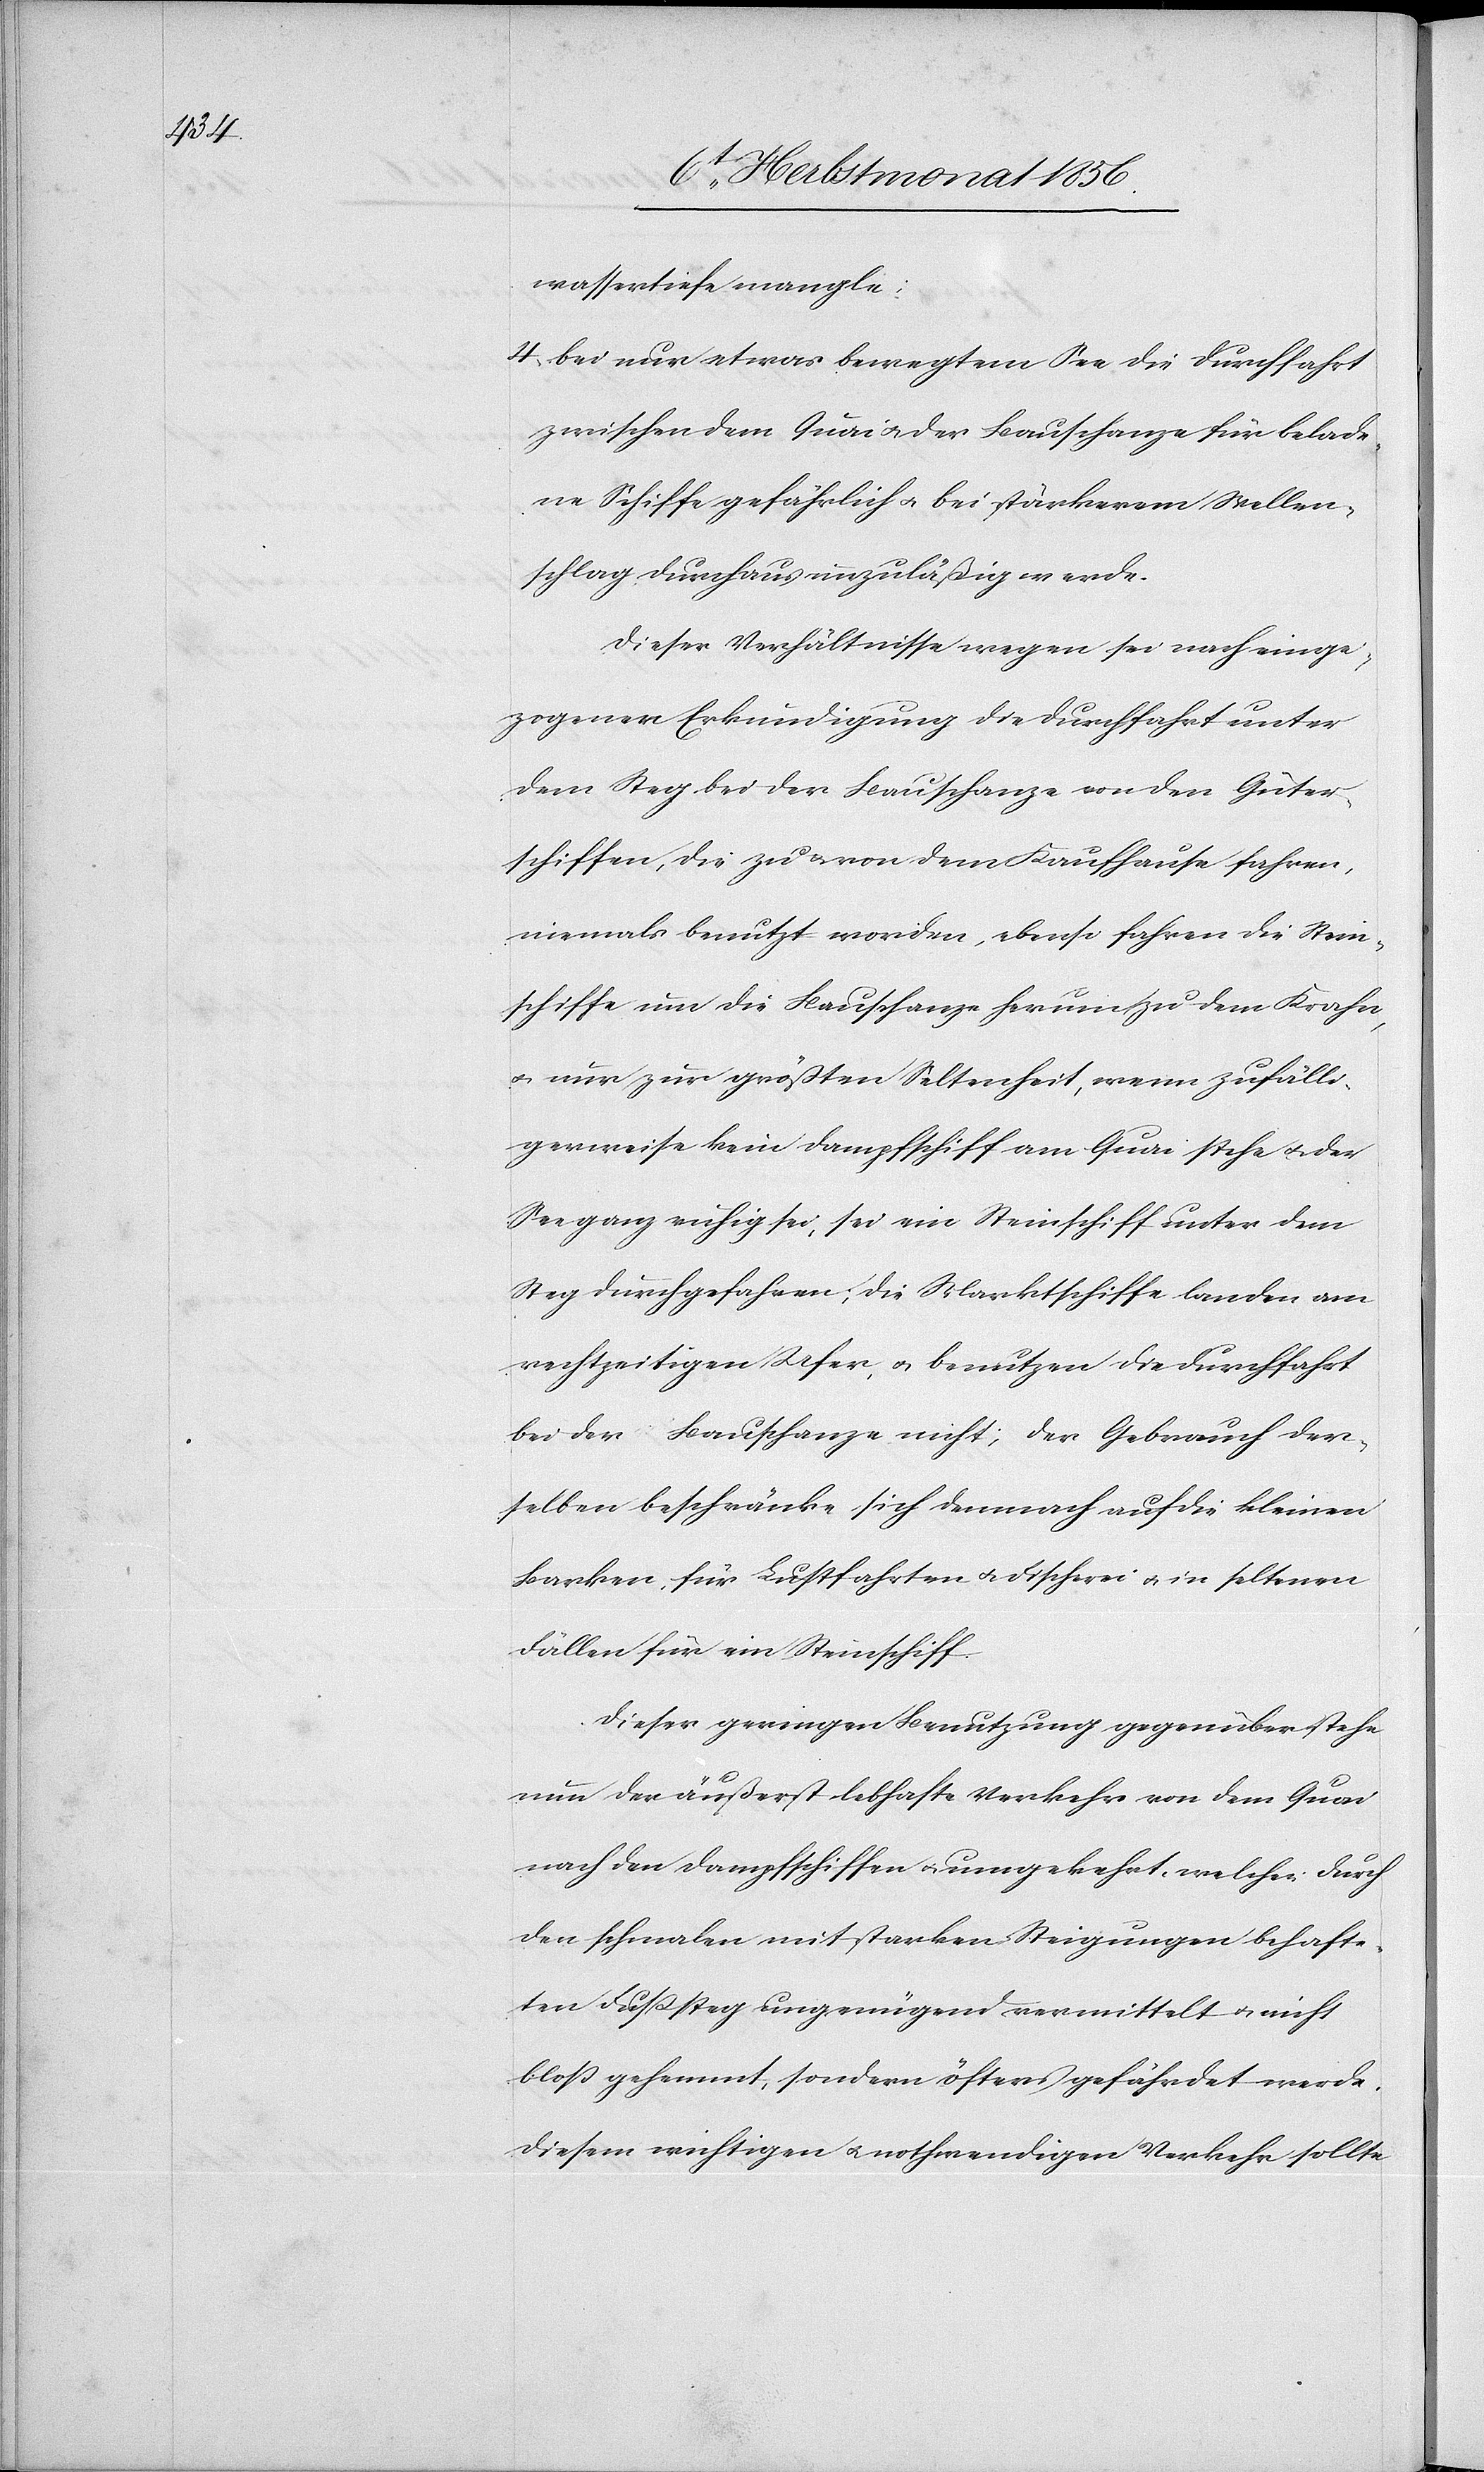
wassertiefe mangle.
4) bei nur etwas bewegtem See die Durchfahrt
zwischen dem Quai u. der Bauschanze für belade¬
ne Schiffe gefährlich u. bei stärkerem Wellen¬
schlag durchaus unzuläßig werde.
Dieser Verhältnisse wegen sei nach einge¬
zogener Erkundigung die Durchfahrt unter
dem Steg bei der Bauschanze von den Güter¬
schiffen, die zu u. von dem Kaufhause fahren,
niemals benutzt worden, ebenso fahren die Stein¬
schiffe um die Bauschanze herum zu dem Krahn,
u. nur zur größten Seltenheit, wenn zufälli¬
gerweise kein Dampfschiff am Quai stehe u. der
See ganz ruhig sei, sei ein Steinschiff unter dem
Steg durchgefahren; die Marktschiffe landen am
rechtzeitigen Ufer, u. benutzen die Durchfahrt
bei der Bauschanze nicht; der Gebrauch der¬
selben beschränke sich demnach auf die kleinen
Barken, für Lustfahrten u. Fischerei u. in seltenen
Fällen für ein Steinschiff.
Dieser geringen Benutzung gegenüber stehe
nun der äußerst lebhafte Verkehr von dem Quai
nach den Dampfschiffen u. umgekehrt, welcher durch
den schmalen mit starken Steigungen behafte¬
ten Fusssteg ungenügend vermittelt u. nicht
bloss gehemmt, sondern öfters gefährdet werde.
Diesem wichtigen u. nothwendigen Verkehr sollte